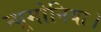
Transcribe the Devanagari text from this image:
न्यूमोनिया।